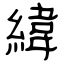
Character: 緯